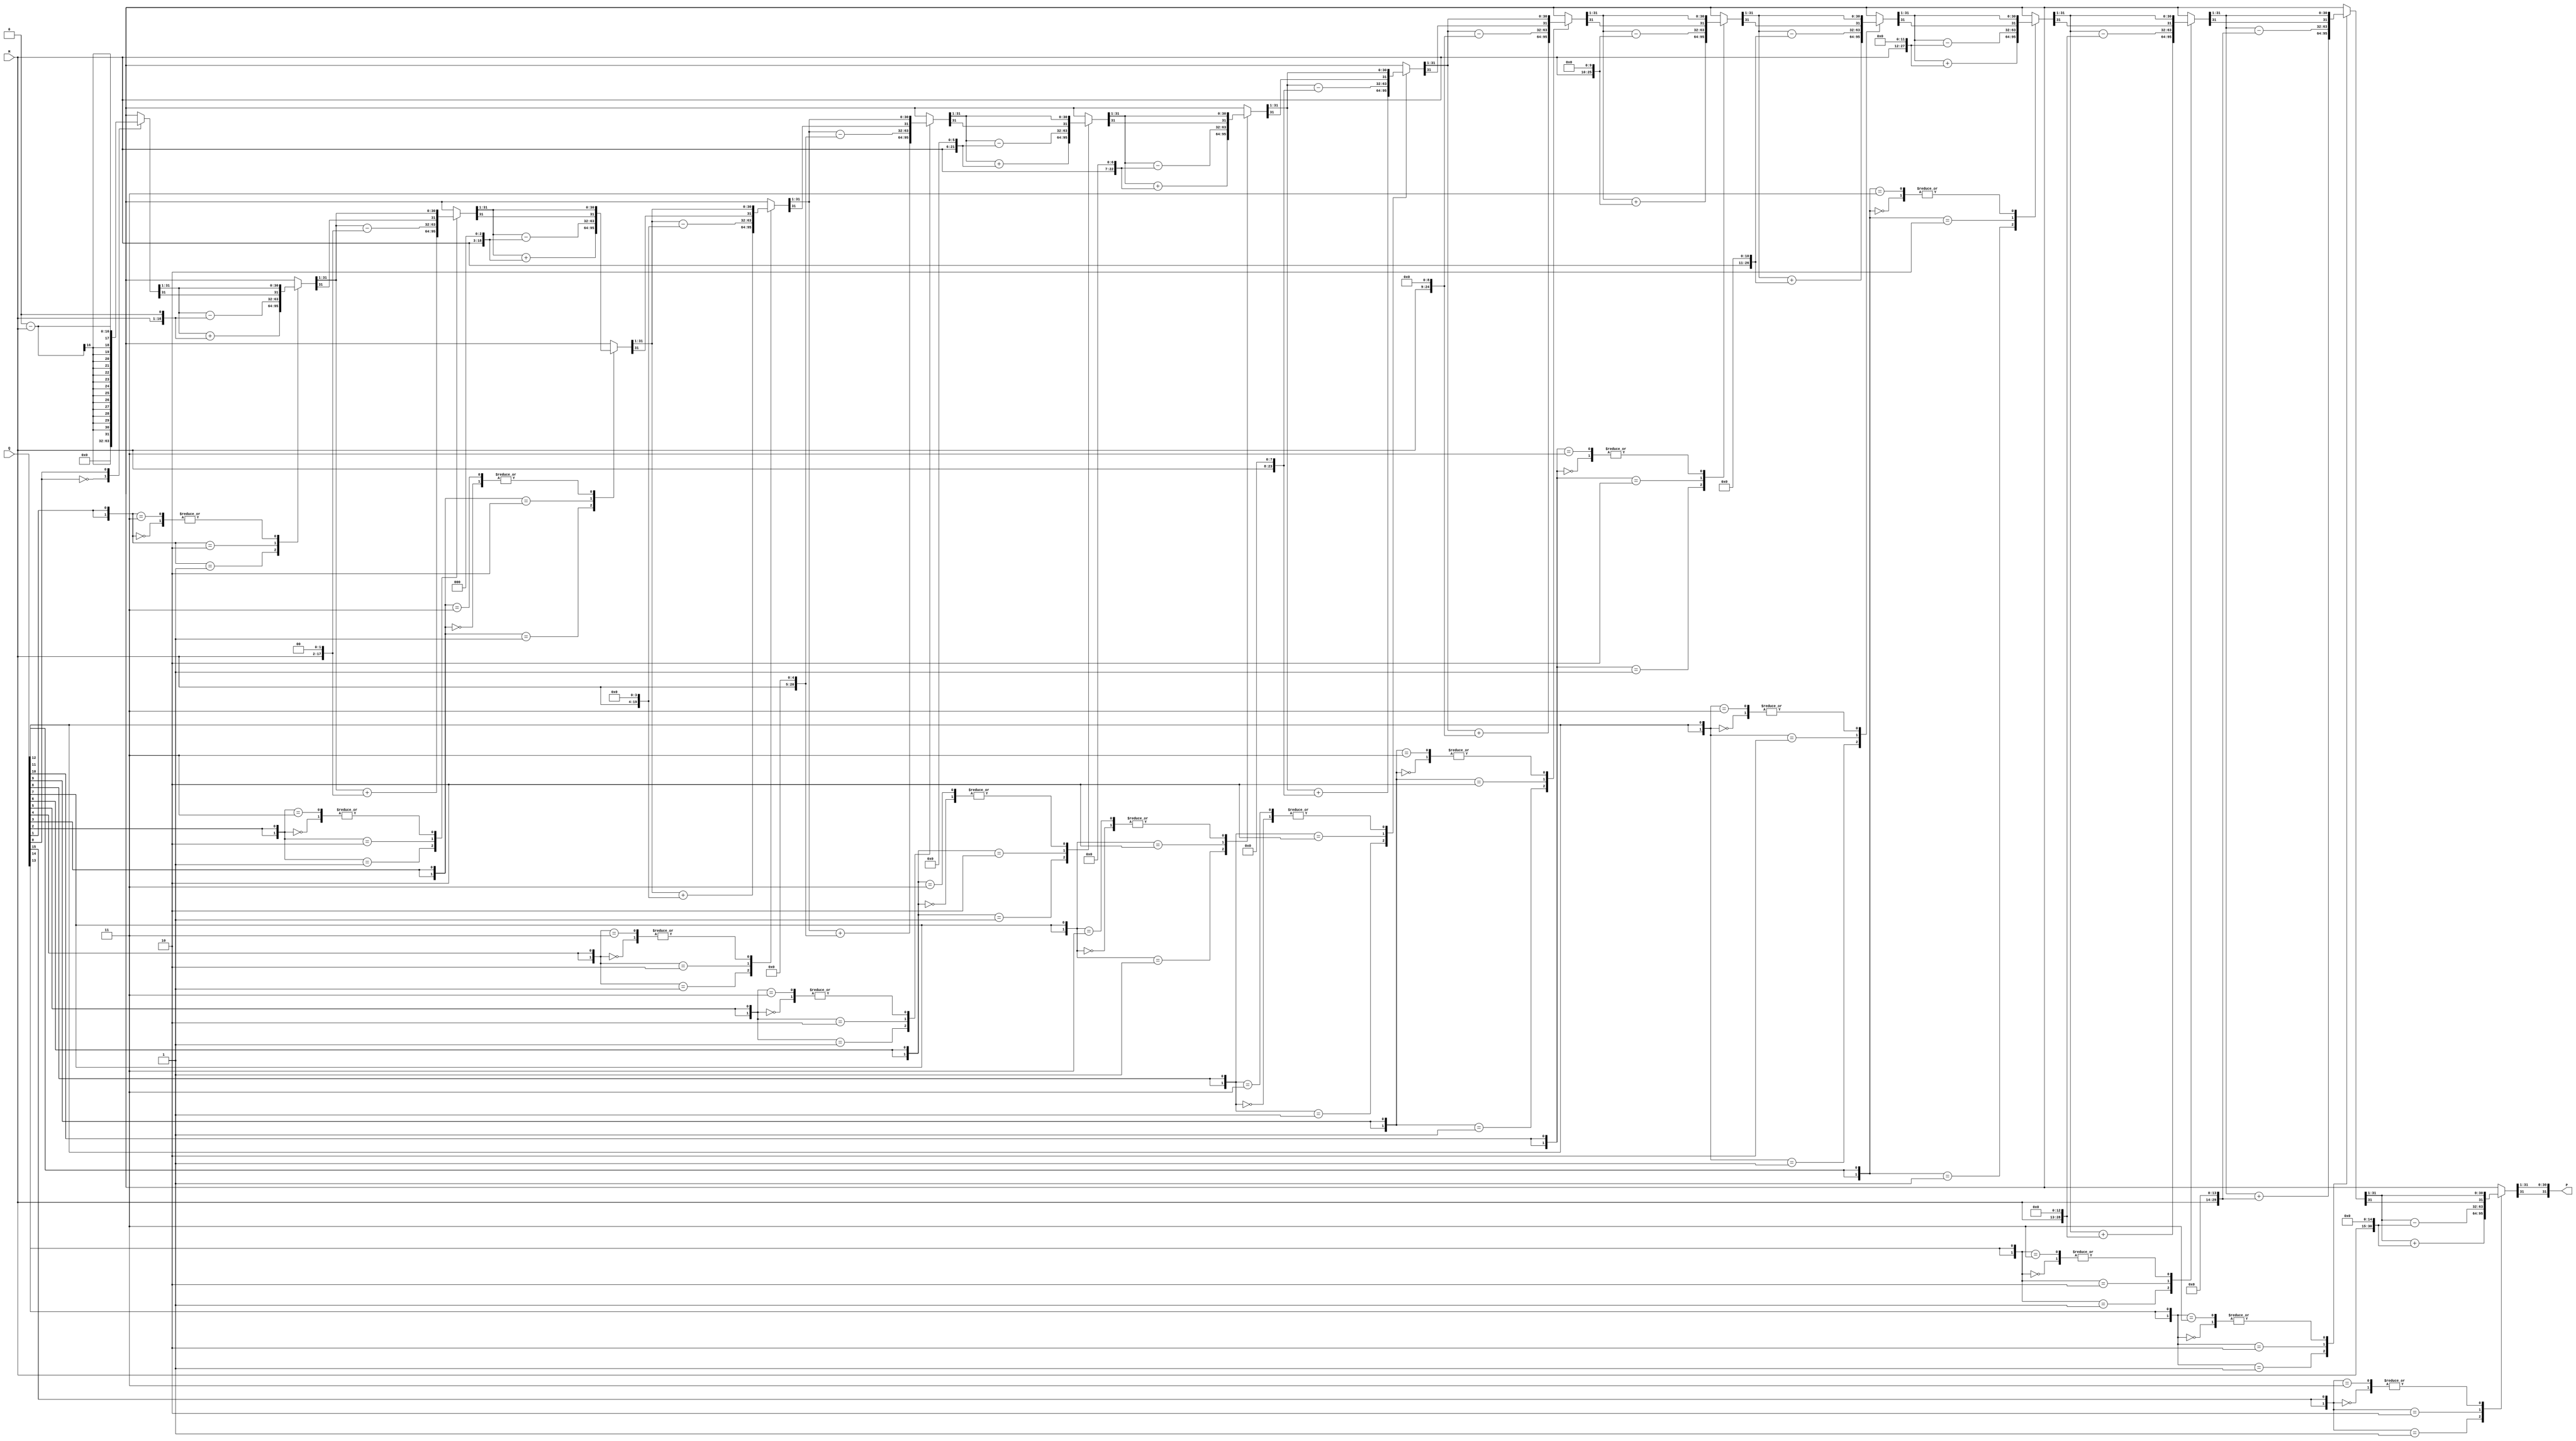
module modified_booth_multiplier (
    input signed [15:0] M,         // Multiplicand
    input signed [15:0] Q,         // Multiplier
    output reg signed [31:0] P     // Product
);

    reg signed [31:0] A;           // Accumulator
    reg [15:0] Q_reg;              // Multiplier register
    reg Q_1;                       // Previous bit of multiplier
    integer i;

    // Booth's algorithm implementation
    always @(*) begin
        // Initialize
        A = 0;
        Q_reg = Q;
        Q_1 = 0; // Initial previous bit is 0
        P = 0;   // Clear product

        // Perform 16 iterations (for 16-bit multiplier)
        for (i = 0; i < 16; i = i + 1) begin
            case ({Q_reg[0], Q_1}) // Booth encoding
                2'b00: begin
                    // No operation
                end
                2'b01: begin
                    // Add multiplicand
                    A = A + (M << i);
                end
                2'b10: begin
                    // Subtract multiplicand
                    A = A - (M << i);
                end
                2'b11: begin
                    // No operation
                end
            endcase

            // Shift right: A and Q
            {A, Q_reg} = {A[31], A, Q_reg} >> 1; // Arithmetic right shift
            Q_1 = Q_reg[0]; // Update previous bit
        end

        // Final product is in A
        P = A;
    end

endmodule